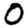
Digit: 0